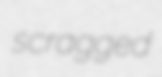
scragged